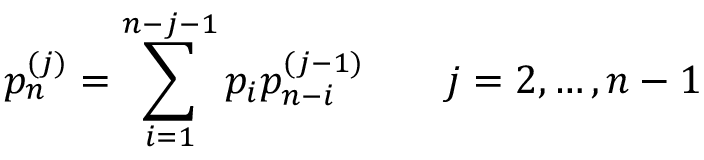
p _ { n } ^ { ( j ) } = \sum _ { i = 1 } ^ { n - j - 1 } p _ { i } p _ { n - i } ^ { ( j - 1 ) } \qquad j = 2 , \ldots , n - 1